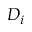
D _ { i }